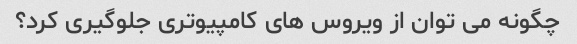
چگونه می توان از ویروس های کامپیوتری جلوگیری کرد؟